Indian journal of veterinary science and animal husbandry - Volumes 18-21, 1948-1951
Year: 1948
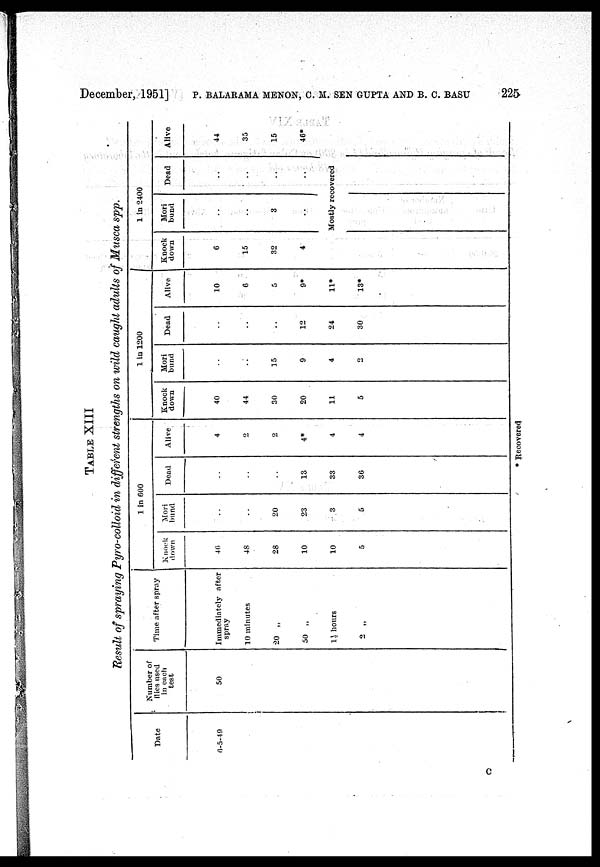
December, 1951] P. BALARAMA MENON, C. M. SEN GUPTA AND B. C. BASU 225
TABLE XIII
Result of spraying Pyro-colloid in different strengths on wild caught adults of Musca spp.
Date
6-5-49
Number of
files used
in each
test
50
Time after spray
Immediately after
spray
10 minutes
20 „
50 „
1½ hours
2 „
1 in 600
Knock
down
16
48
28
10
10
Mori
bund
..
..
20
23
3
5
Dead
..
..
..
13
33
36
Alive
4
2
2
4*
4
4
1
in
1200
Knock
down
40
44
30
20
11
5
Mori
bund
..
..
15
9
4
2
Dead
..
..
..
12
24
30
Alive
10
6
5
9*
11*
13*
1 in 2400
Knock
down
6
15
32
4
Mori
bund
..
..
3
..
Dead
..
..
..
..
Alive
44
35
15
46*
Mostly recovered
* Recovered
C